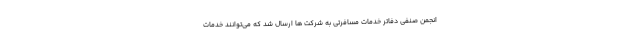
انجمن صنفی دفاتر خدمات مسافرتی به شرکت ها ارسال شد که می‌توانند خدمات